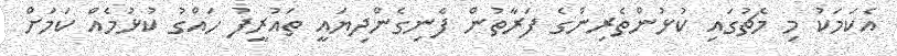
އެކަމަކު މި މެޗުގައި ކުޅުންތެރިންގެ ފަރާތުން ފެނިގެންދިޔައީ ތައުރީފު ހައްގު ކުޅުމެއް ކަމަށް